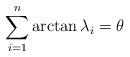
LaTeX: \begin{align*}\sum_{i=1}^{n}\arctan\lambda_{i}=\theta\end{align*}